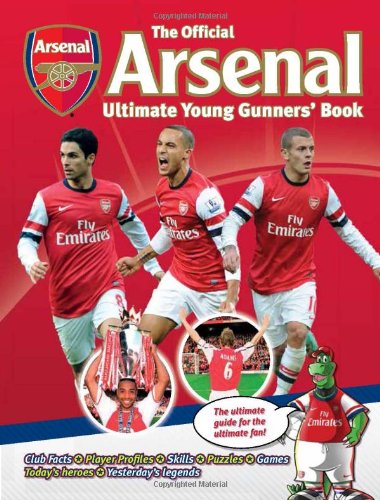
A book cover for The Official Arsenal Ultimate Young Gunner's Book; Arsenal Football Club PLC; Children's Books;